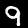
Label: 9